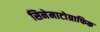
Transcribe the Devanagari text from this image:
सिनेमाटोग्राफिक